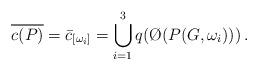
LaTeX: \begin{align*} \overline{c(P)}=\bar{c}_{[\omega_i]}=\bigcup_{i=1}^3q(\O(P(G,\omega_i)))\,. \end{align*}